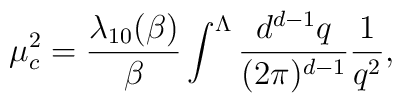
\mu^{2}_{c}=\frac{\lambda_{10}(\beta)}{\beta} \int^{\Lambda}\frac{d^{d-1}q}{(2\pi)^{d-1}}\frac{1}{q^{2}},